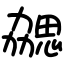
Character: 勰